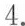
4.